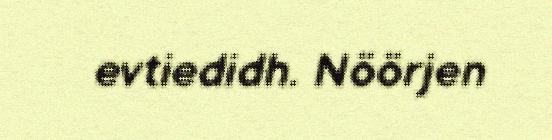
evtiedidh. Nöörjen